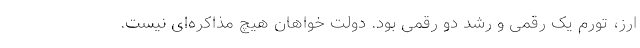
ارز، تورم یک رقمی و رشد دو رقمی بود. دولت خواهان هیچ مذاکره‌ای نیست.